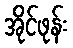
အိုင်ဖုန်း